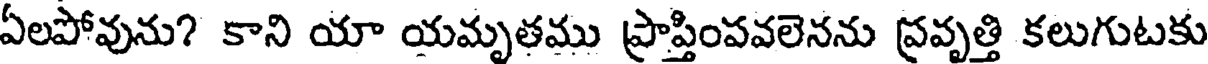
ఏలపోవును? కాని యా యమృతము ప్రాప్తింపవలెనను ప్రవృత్తి కలుగుటకు